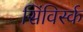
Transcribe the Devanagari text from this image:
सिंविर्स्क